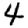
Digit: 4